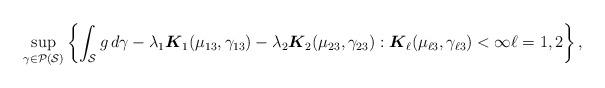
LaTeX: \begin{align*} \sup_{\gamma \in \mathcal{P}(\mathcal{S})} \left\{\int_{\mathcal{S}} g \, d \gamma - \lambda_1 \boldsymbol{K}_1(\mu_{13}, \gamma_{13}) - \lambda_2 \boldsymbol{K}_2(\mu_{23}, \gamma_{23}): \boldsymbol{K}_\ell(\mu_{\ell3}, \gamma_{\ell3}) < \infty \ell = 1, 2\right\}, \end{align*}